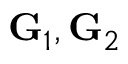
{ \bf G } _ { 1 } , { \bf G } _ { 2 }